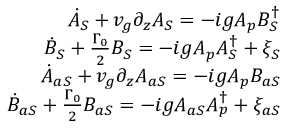
\begin{array} { r l r } & { } & { \dot { A } _ { S } + v _ { g } \partial _ { z } A _ { S } = - i g A _ { p } B _ { S } ^ { \dag } } \\ & { } & { \dot { B } _ { S } + \frac { \Gamma _ { 0 } } { 2 } B _ { S } = - i g A _ { p } A _ { S } ^ { \dag } + \xi _ { S } } \\ & { } & { \dot { A } _ { a S } + v _ { g } \partial _ { z } A _ { a S } = - i g A _ { p } B _ { a S } } \\ & { } & { \dot { B } _ { a S } + \frac { \Gamma _ { 0 } } { 2 } B _ { a S } = - i g A _ { a S } A _ { p } ^ { \dag } + \xi _ { a S } } \end{array}